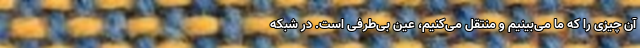
آن چیزی را که ما می‌بینیم و منتقل می‌کنیم، عین بی‌طرفی است. در شبکه